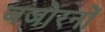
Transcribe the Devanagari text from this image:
बजोरनों